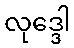
လုဒ္ဒေါ